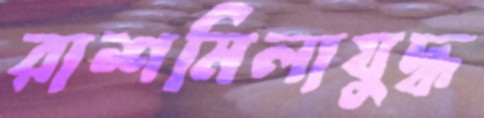
রাশমিলাযুদ্ধ